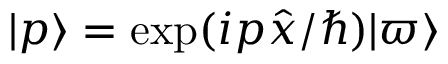
| p \rangle = \exp ( i p { \hat { x } } / \hbar ) | \varpi \rangle